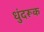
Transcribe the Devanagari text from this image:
धुंदरूक